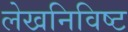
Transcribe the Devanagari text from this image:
लेखनिविष्ट